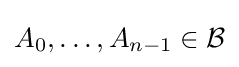
A_{0},\dots ,A_{n-1}\in {\mathcal {B}}